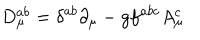
D _ { \mu } ^ { a b } = \delta ^ { a b } \partial _ { \mu } - g f ^ { a b c } A _ { \mu } ^ { c }